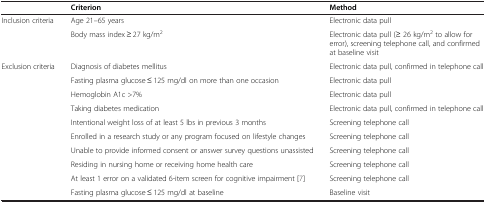
|  | Criterion | Method |
 | --- | --- | --- |
 | Inclusion criteria | Age 21–65 years | Electronic data pull |
 |  | Body mass index ≥ 27 kg/m2 | Electronic data pull (≥ 26 kg/m2 to allow for error), screening telephone call, and confirmed at baseline visit |
 | Exclusion criteria | Diagnosis of diabetes mellitus | Electronic data pull, confirmed in telephone call |
 |  | Fasting plasma glucose ≤ 125 mg/dl on more than one occasion | Electronic data pull |
 |  | Hemoglobin A1c >7% | Electronic data pull |
 |  | Taking diabetes medication | Electronic data pull, confirmed in telephone call |
 |  | Intentional weight loss of at least 5 lbs in previous 3 months | Screening telephone call |
 |  | Enrolled in a research study or any program focused on lifestyle changes | Screening telephone call |
 |  | Unable to provide informed consent or answer survey questions unassisted | Screening telephone call |
 |  | Residing in nursing home or receiving home health care | Screening telephone call |
 |  | At least 1 error on a validated 6-item screen for cognitive impairment [7] | Screening telephone call |
 |  | Fasting plasma glucose ≤ 125 mg/dl at baseline | Baseline visit |